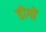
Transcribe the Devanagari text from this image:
डोगों